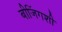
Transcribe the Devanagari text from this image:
बीजिंगशी